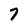
Character: 7